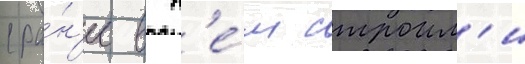
(ра́н'ее в н'е́м строил'и